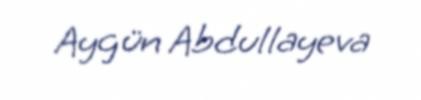
Aygün Abdullayeva